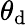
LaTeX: \theta_{\mathrm{d}}